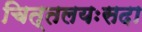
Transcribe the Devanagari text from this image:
चित्तलयःसदा